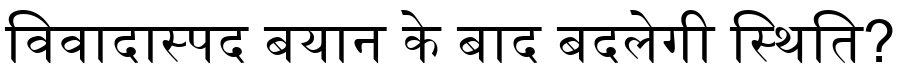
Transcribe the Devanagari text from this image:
विवादास्पद बयान के बाद बदलेगी स्थिति?